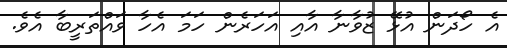
އެ ހޯދަން އުޅޭ ޒުވާނާ އާއި އަހަރެން ހަމަ އެހާ ވައްތަރީބާ އެވެ.